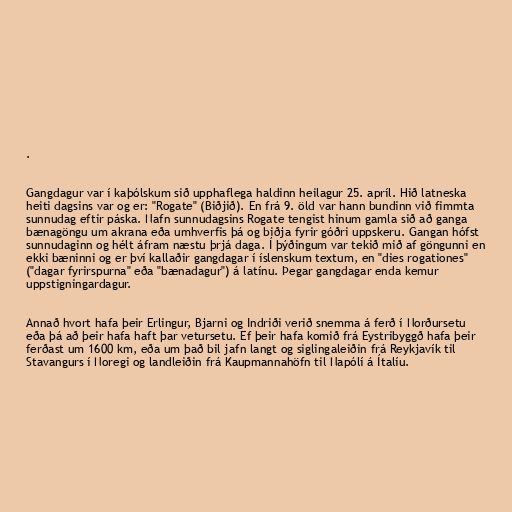
.

Gangdagur var í kaþólskum sið upphaflega haldinn heilagur 25. apríl. Hið latneska
heiti dagsins var og er: "Rogate" (Biðjið). En frá 9. öld var hann bundinn við fimmta
sunnudag eftir páska. Nafn sunnudagsins Rogate tengist hinum gamla sið að ganga
bænagöngu um akrana eða umhverfis þá og biðja fyrir góðri uppskeru. Gangan hófst
sunnudaginn og hélt áfram næstu þrjá daga. Í þýðingum var tekið mið af göngunni en
ekki bæninni og er því kallaðir gangdagar í íslenskum textum, en "dies rogationes"
("dagar fyrirspurna" eða "bænadagur") á latínu. Þegar gangdagar enda kemur
uppstigningardagur.

Annað hvort hafa þeir Erlingur, Bjarni og Indriði verið snemma á ferð í Norðursetu
eða þá að þeir hafa haft þar vetursetu. Ef þeir hafa komið frá Eystribyggð hafa þeir
ferðast um 1600 km, eða um það bil jafn langt og siglingaleiðin frá Reykjavík til
Stavangurs í Noregi og landleiðin frá Kaupmannahöfn til Napólí á Ítalíu.